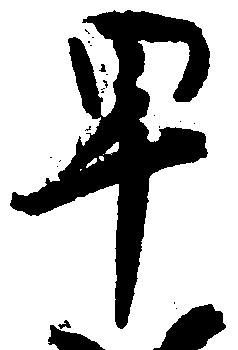
早